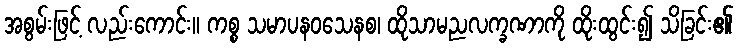
အစွမ်းဖြင့် လည်းကောင်း။ ကစ္စ သမာပနဝသေနစ၊ ထိုသာမညလက္ခဏာကို ထိုးထွင်း၍ သိခြင်း၏